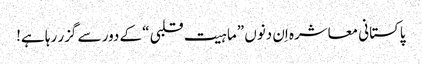
پاکستانی معاشرہ اِن دنوں ”ماہیت قلبی“ کے دور سے گزر رہا ہے!